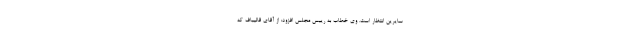
سایرین انتظار است. وی خطاب به رییس مجلس افزود: از آقای قالیباف که